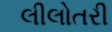
લીલોતરી